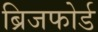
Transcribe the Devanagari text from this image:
ब्रिजफोर्ड